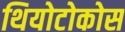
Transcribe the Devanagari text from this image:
थियोटोकोस